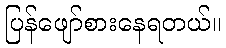
ပြန်ဖျော်စားနေရတယ်။